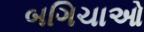
બગિચાઓ